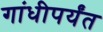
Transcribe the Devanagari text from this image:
गांधीपर्यंत